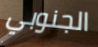
الجنوبي